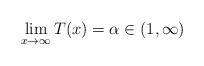
LaTeX: \begin{align*}\lim_{x\rightarrow \infty}T(x)=\alpha\in(1, \infty)\end{align*}